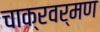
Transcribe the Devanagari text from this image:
चाक्रवर्मण